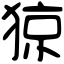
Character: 猄